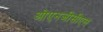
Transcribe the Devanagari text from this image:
ओएनजीसीएल